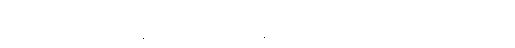
။ဒီဃ-၁-ဋ္ဌ-၂၇၃။ ။၂-ဋ္ဌ-၁၃၄၊ မည်သည့်အခါမှ သရဏဂုံ